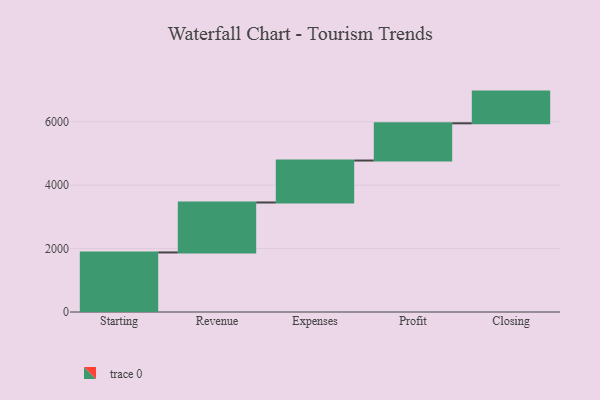
{"axis": {"x": "Step", "y": "Value"}, "legend": [""], "data": [{"x": "Starting", "y": 1878.0, "type": ""}, {"x": "Revenue", "y": 1576.0, "type": ""}, {"x": "Expenses", "y": 1323.0, "type": ""}, {"x": "Profit", "y": 1174.0, "type": ""}, {"x": "Closing", "y": 1000, "type": ""}]}